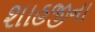
શાહજીના